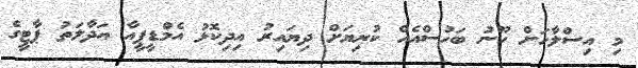
މި އިސްލާހަށް ހޫނު ބަހުސްއެއް ކުރިޔަށް ދިޔައިރު އިދިކޮޅު އެމްޑީޕީއާ އަދާލަތު ޕާޓީގެ